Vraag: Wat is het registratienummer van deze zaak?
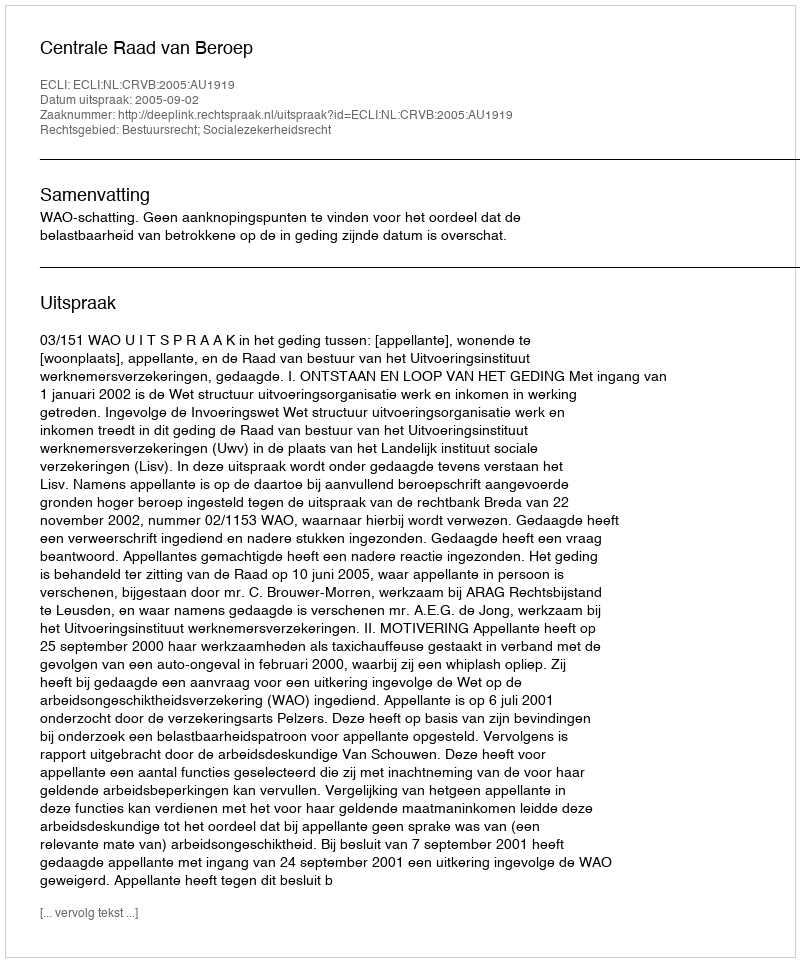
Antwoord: http://deeplink.rechtspraak.nl/uitspraak?id=ECLI:NL:CRVB:2005:AU1919